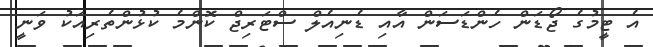
އެ ޓީމުގެ ޖޯޑަން ހެންޑަސަން އާއި ޑެނިއެލް ސްޓަރިޖް ކޮންމެ ކުޅުންތެރިއަކު ވަނީ